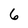
Character: 6